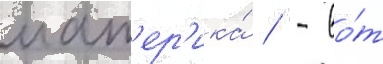
мат'ер'ика́ / - во́т